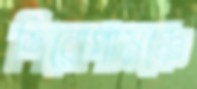
শিরোপামঞ্চে